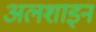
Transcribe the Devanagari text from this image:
अलशाइन